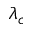
\lambda _ { c }